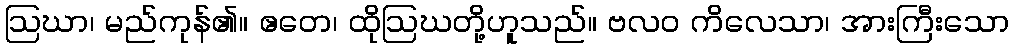
ဩဃာ၊ မည်ကုန်၏။ ဧတေ၊ ထိုဩဃတို့ဟူသည်။ ဗလဝ ကိလေသာ၊ အားကြီးသော